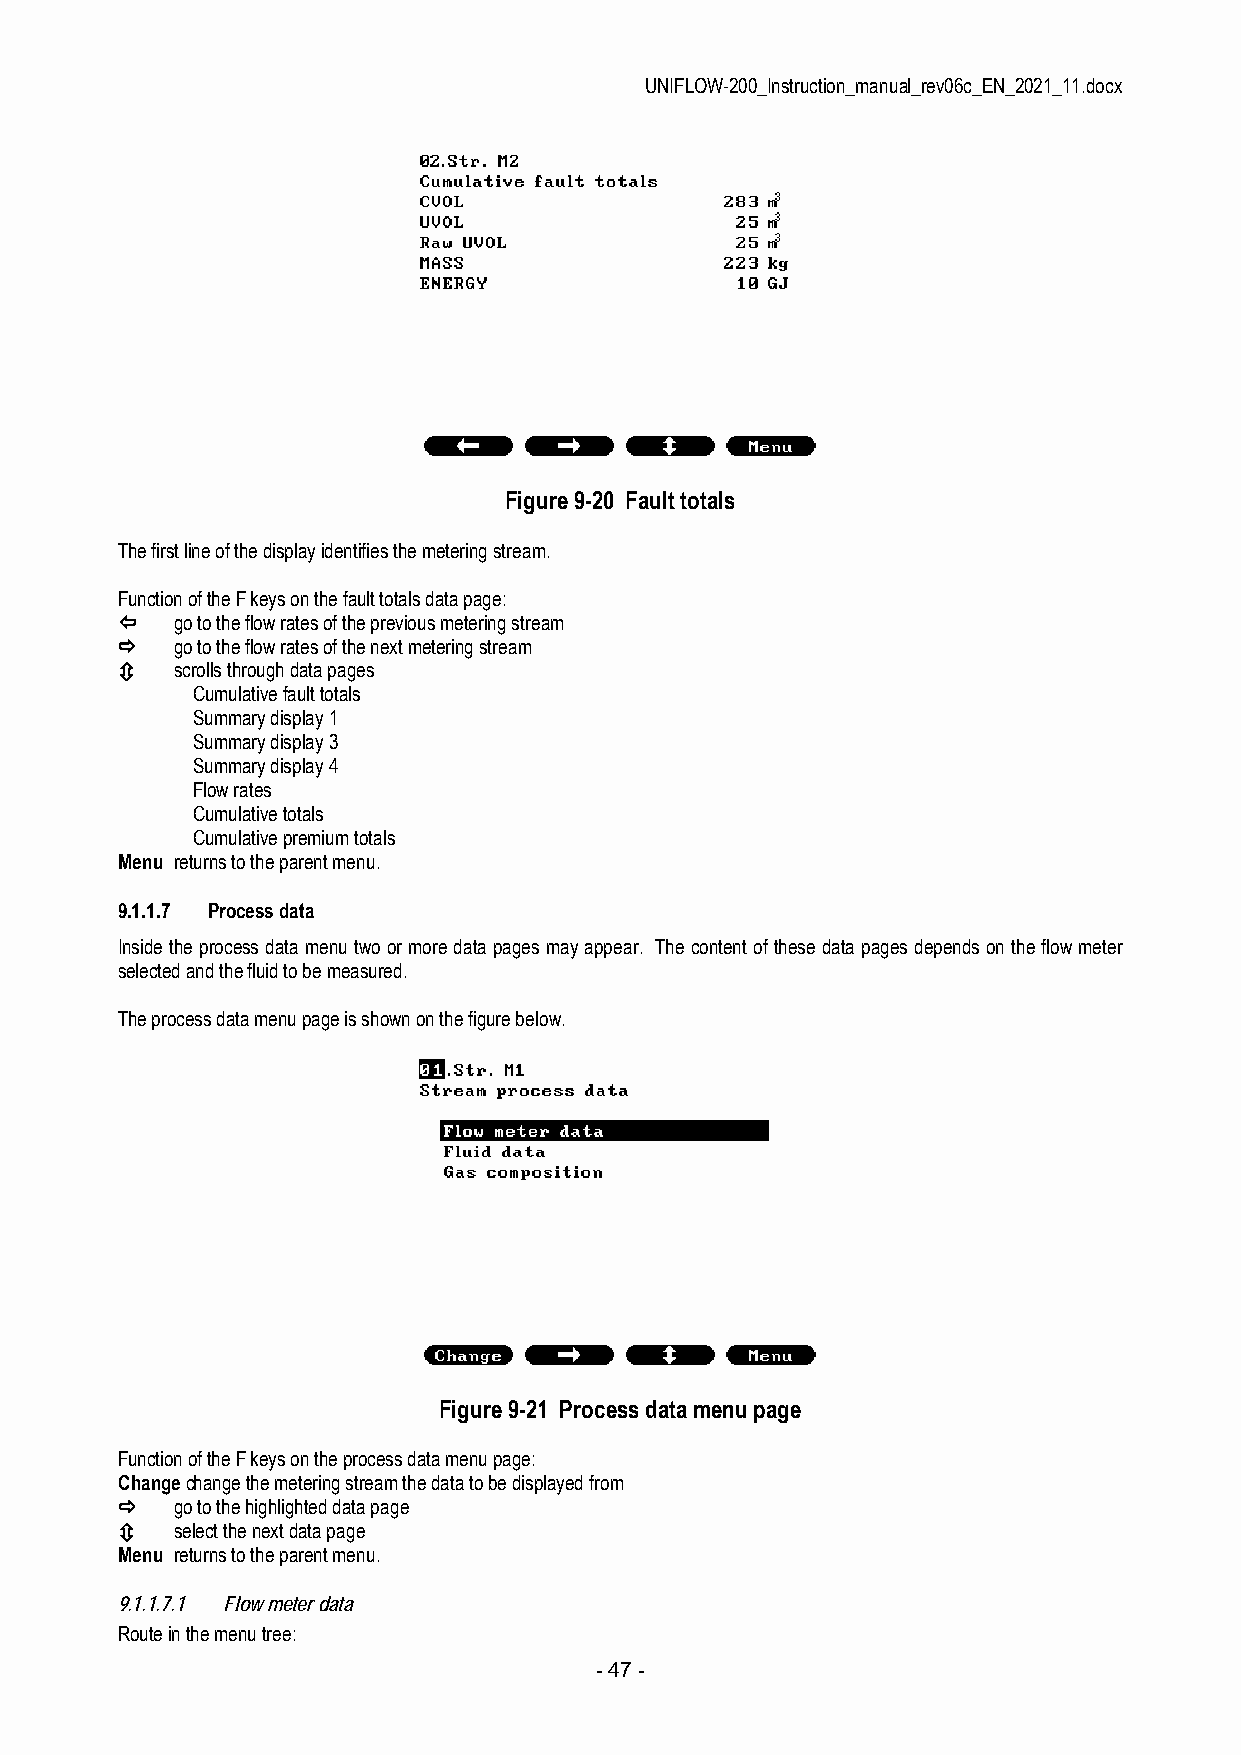
UNIFLOW-200_Instruction_manual_rev06c_EN_2021_11.docx
 Figure 9-20 Fault totals
 The first line of the display identifies the metering stream.
 Function of the F keys on the fault totals data page:
    go to the flow rates of the previous metering stream
    go to the flow rates of the next metering stream
    scrolls through data pages
 Cumulative fault totals
 Summary display 1
 Summary display 3
 Summary display 4
 Flow rates
 Cumulative totals
 Cumulative premium totals
 Menu returns to the parent menu.
 9.1.1.7 Process data
 Inside the process data menu two or more data pages may appear. The content of these data pages depends on the flow meter
 selected and the fluid to be measured.
 The process data menu page is shown on the figure below.
 Figure 9-21 Process data menu page
 Function of the F keys on the process data menu page:
 Change change the metering stream the data to be displayed from
    go to the highlighted data page
    select the next data page
 Menu returns to the parent menu.
 9.1.1.7.1 Flow meter data
 Route in the menu tree:
 - 47 -